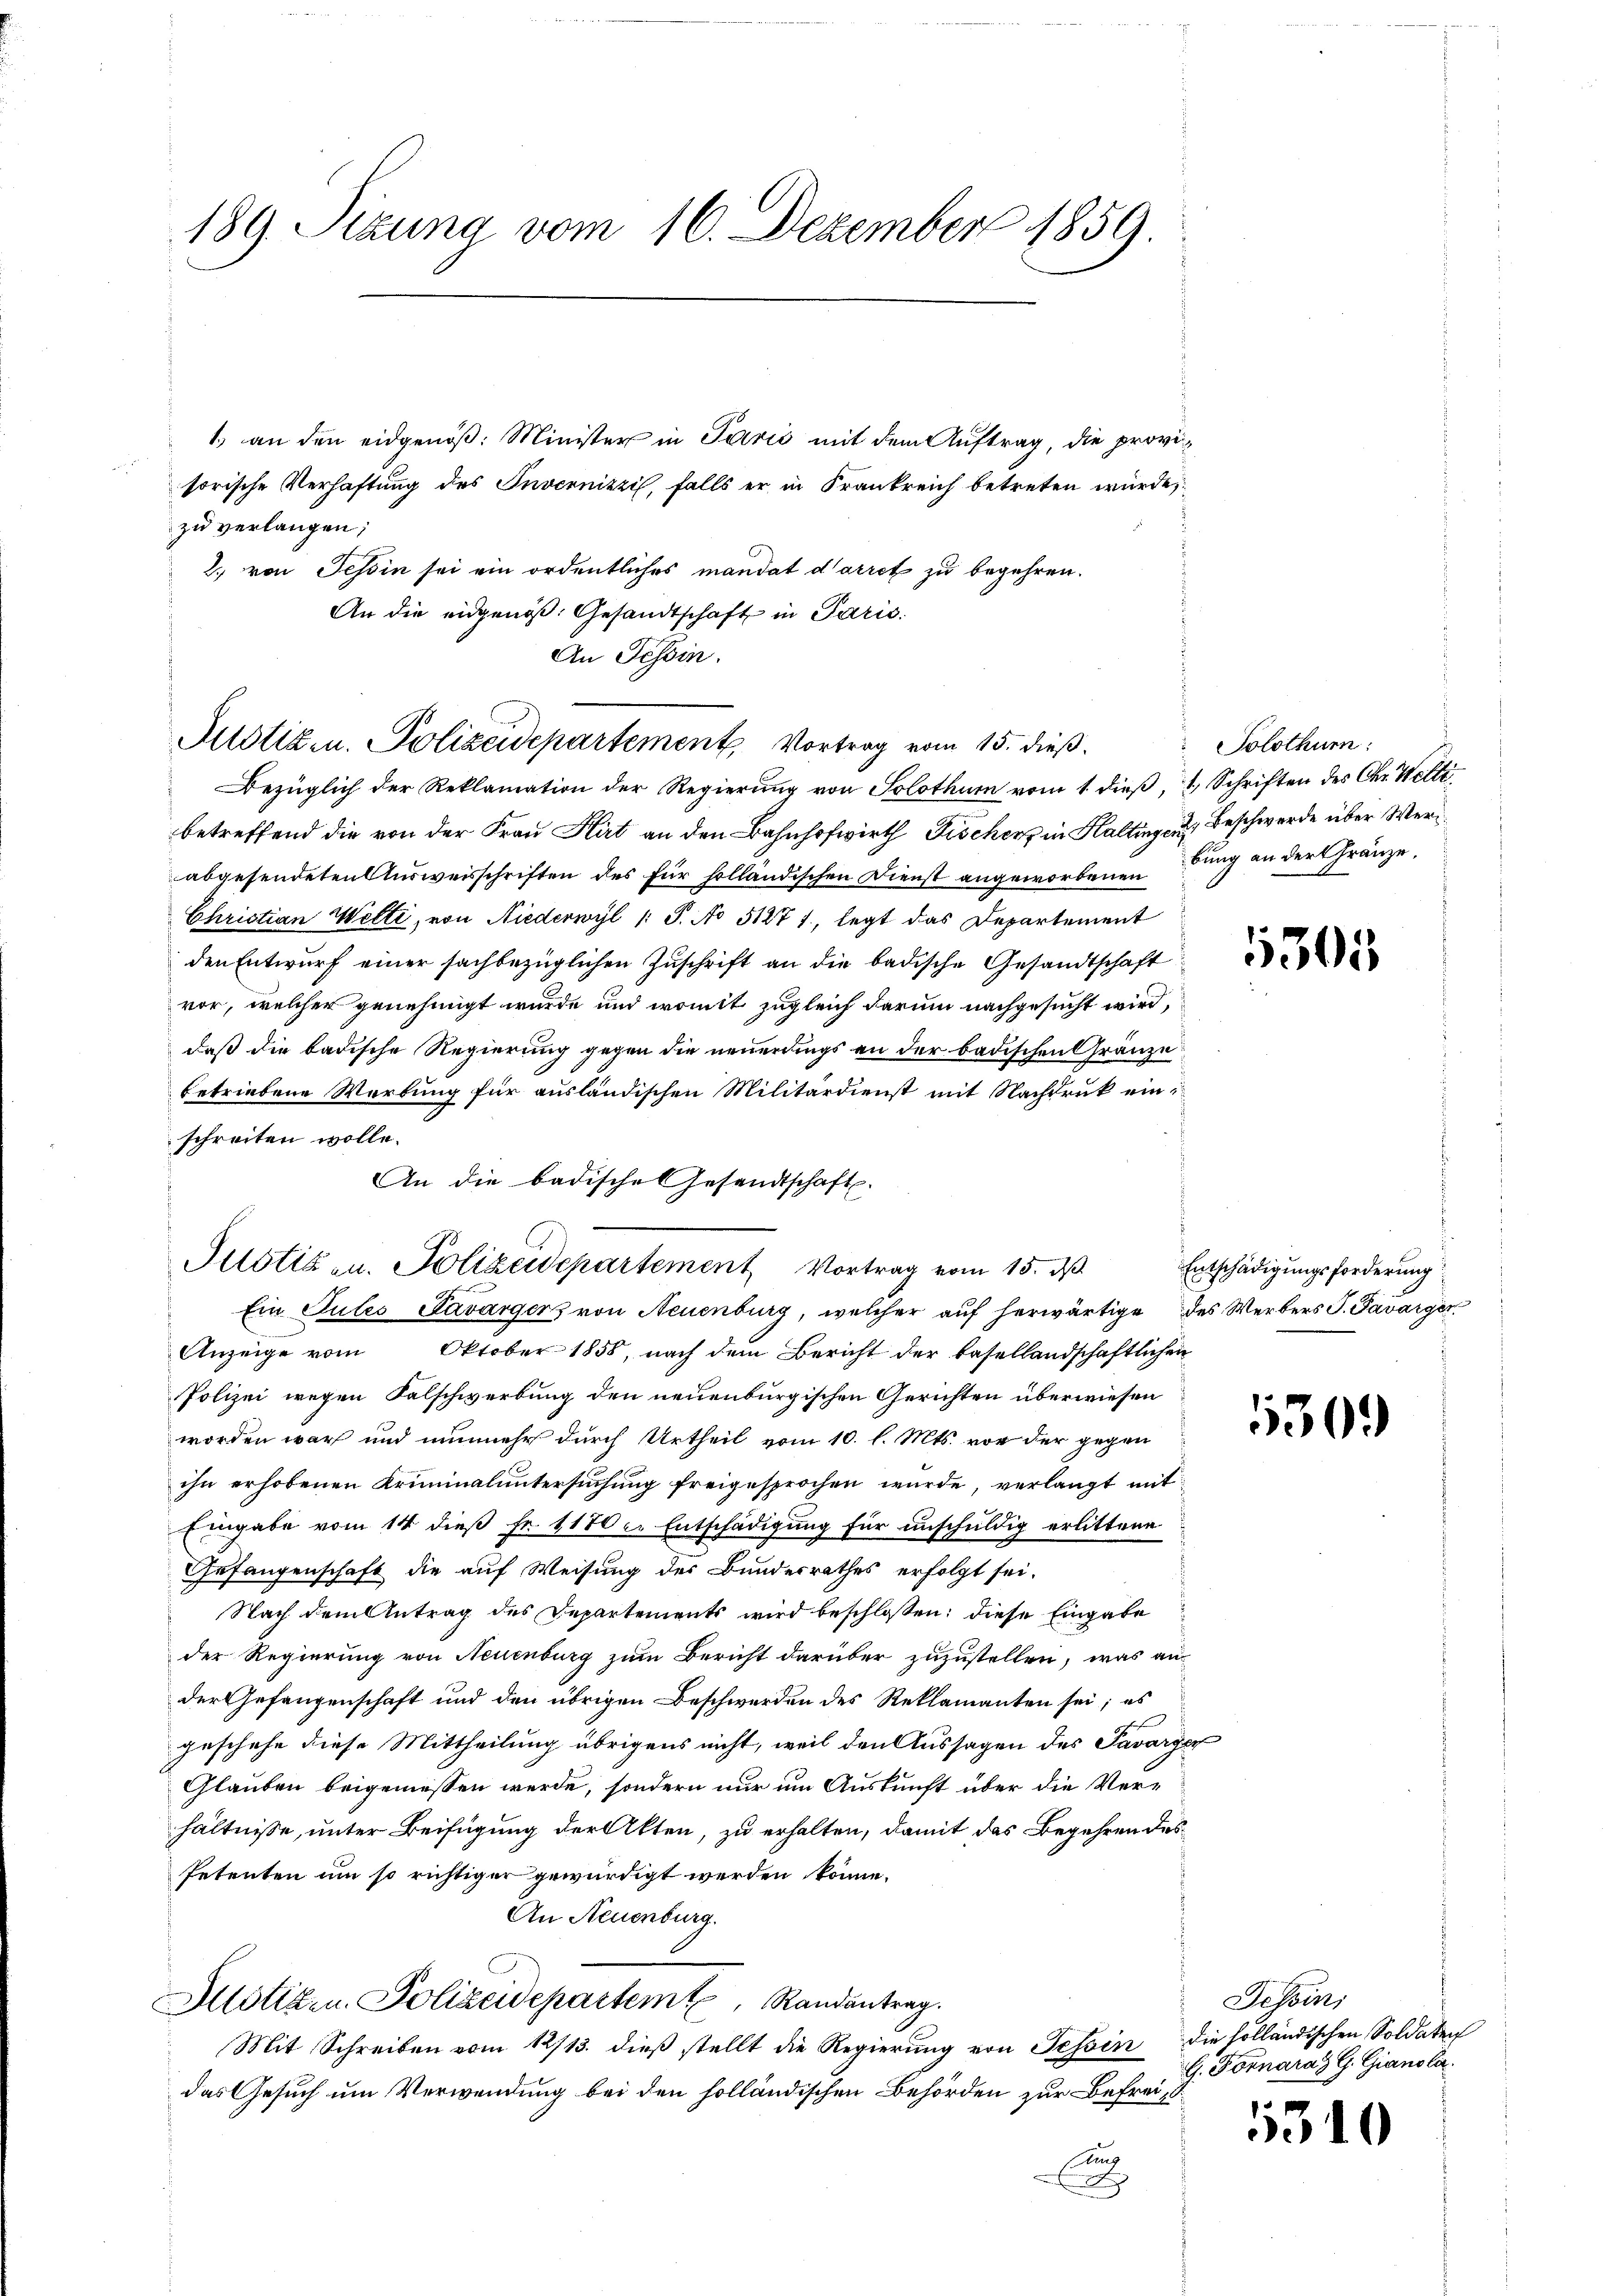
189. Sizung vom 16. Dezember 1859.

1) an den eidgenöß: Minister in Paris mit dem Auftrag, die provisorische Verhaftung des Invernizzi, falls er in Krankreich betreten würde.
zu verlangen;
2. von Tessin sei ein ordentliches mandat d’arret zu begehren.
An die eidgenöß. Gesandtschaft in Paris.
An Tessin.

Justizen. Polizeidepartement, Vortrag vom 15. dieß.

Justiz- u. Polizeidepartement Vortrag vom 15. ds Entschädigungsforderung
Ein Gutes Savargers von Neuenburg, welcher auf herwärtige des Werbers J. Pavarger

Bezüglich der Reklamation der Regierŭng von Solothum vom 1. dieβ, 1. Schriften des Chr. Welti
betreffend die von der Frau Hirt an den Bahnhofwirth Fischerz in Haltingen Beschwerde über Werabgesendeten Ausweisschriften des für holländischen Dienst angeworbenendung an der Gränze.
Christian Welti, von Niederwyl /: S. No 51271, legt das Departement
den Entwurf einer sachbezüglichen Zuschrift an die badische Gesandtschaft
vor, welcher genehmigt wurde und womit zugleich darum nachgesucht wird,
daß die badische Regierung gegen die neuerdings an der badischen Gränze
betriebene Werbung für ausländischen Militärdienst mit Nachdruk ein
schreiten wolle.
An die badisches Gesandtschaft.
Anzeige vom Oktober 1858, nach dem Bericht der basellandschaftlichen
Polizei wegen Falschwerbung den neuenburgischen Gerichten überwiesen
worden war und nunmehr durch Urtheil vom 10. l. Mts. vor der gegen
ihn erhobenen Kriminaluntersuchung freigesprochen wurde, verlangt mit
Eingabe vom 14 dieß fr. 1170 c. Entschädigung für unschuldig erlittene
Gefangenschaft die auf Weisung der Bundesrathes erfolgt sei.
Nach dem Antrag des Departements wird beschloßen: diese Eingabe
der Regierung von Neuenburg zum Bericht darüber zuzustellen, was aus
der Gefangenschaft und den übrigen Beschwerden des Reklamanten sei; es
geschehe diese Mittheilung übrigens nicht, weil den Aussagen des Pavarger
Glauben beigemessen werde, sondern nur um Auskunft über die Verhältnisse, unter Beifügung der Akten, zu erhalten, damit das Begehren des
Petenten um so richtiger gewürdigt werden könne.
An Neuenburg.
Mlotizen Polizeidepartem Randantrag.
Mit Schreiben vom 12/13. dieß stellt die Regierung von Tessin die holländischen Soldaten
das Gesuch um Verwendung bei den holländischen Behörden zur Befrei,
slus
F

Solothur:

5305

530.

Tessin,
G. Fornaraz G. Gianola.

1310